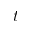
t